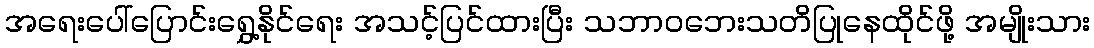
အရေးပေါ်ပြောင်းရွှေ့နိုင်ရေး အသင့်ပြင်ထားပြီး သဘာဝဘေးသတိပြုနေထိုင်ဖို့ အမျိုးသား